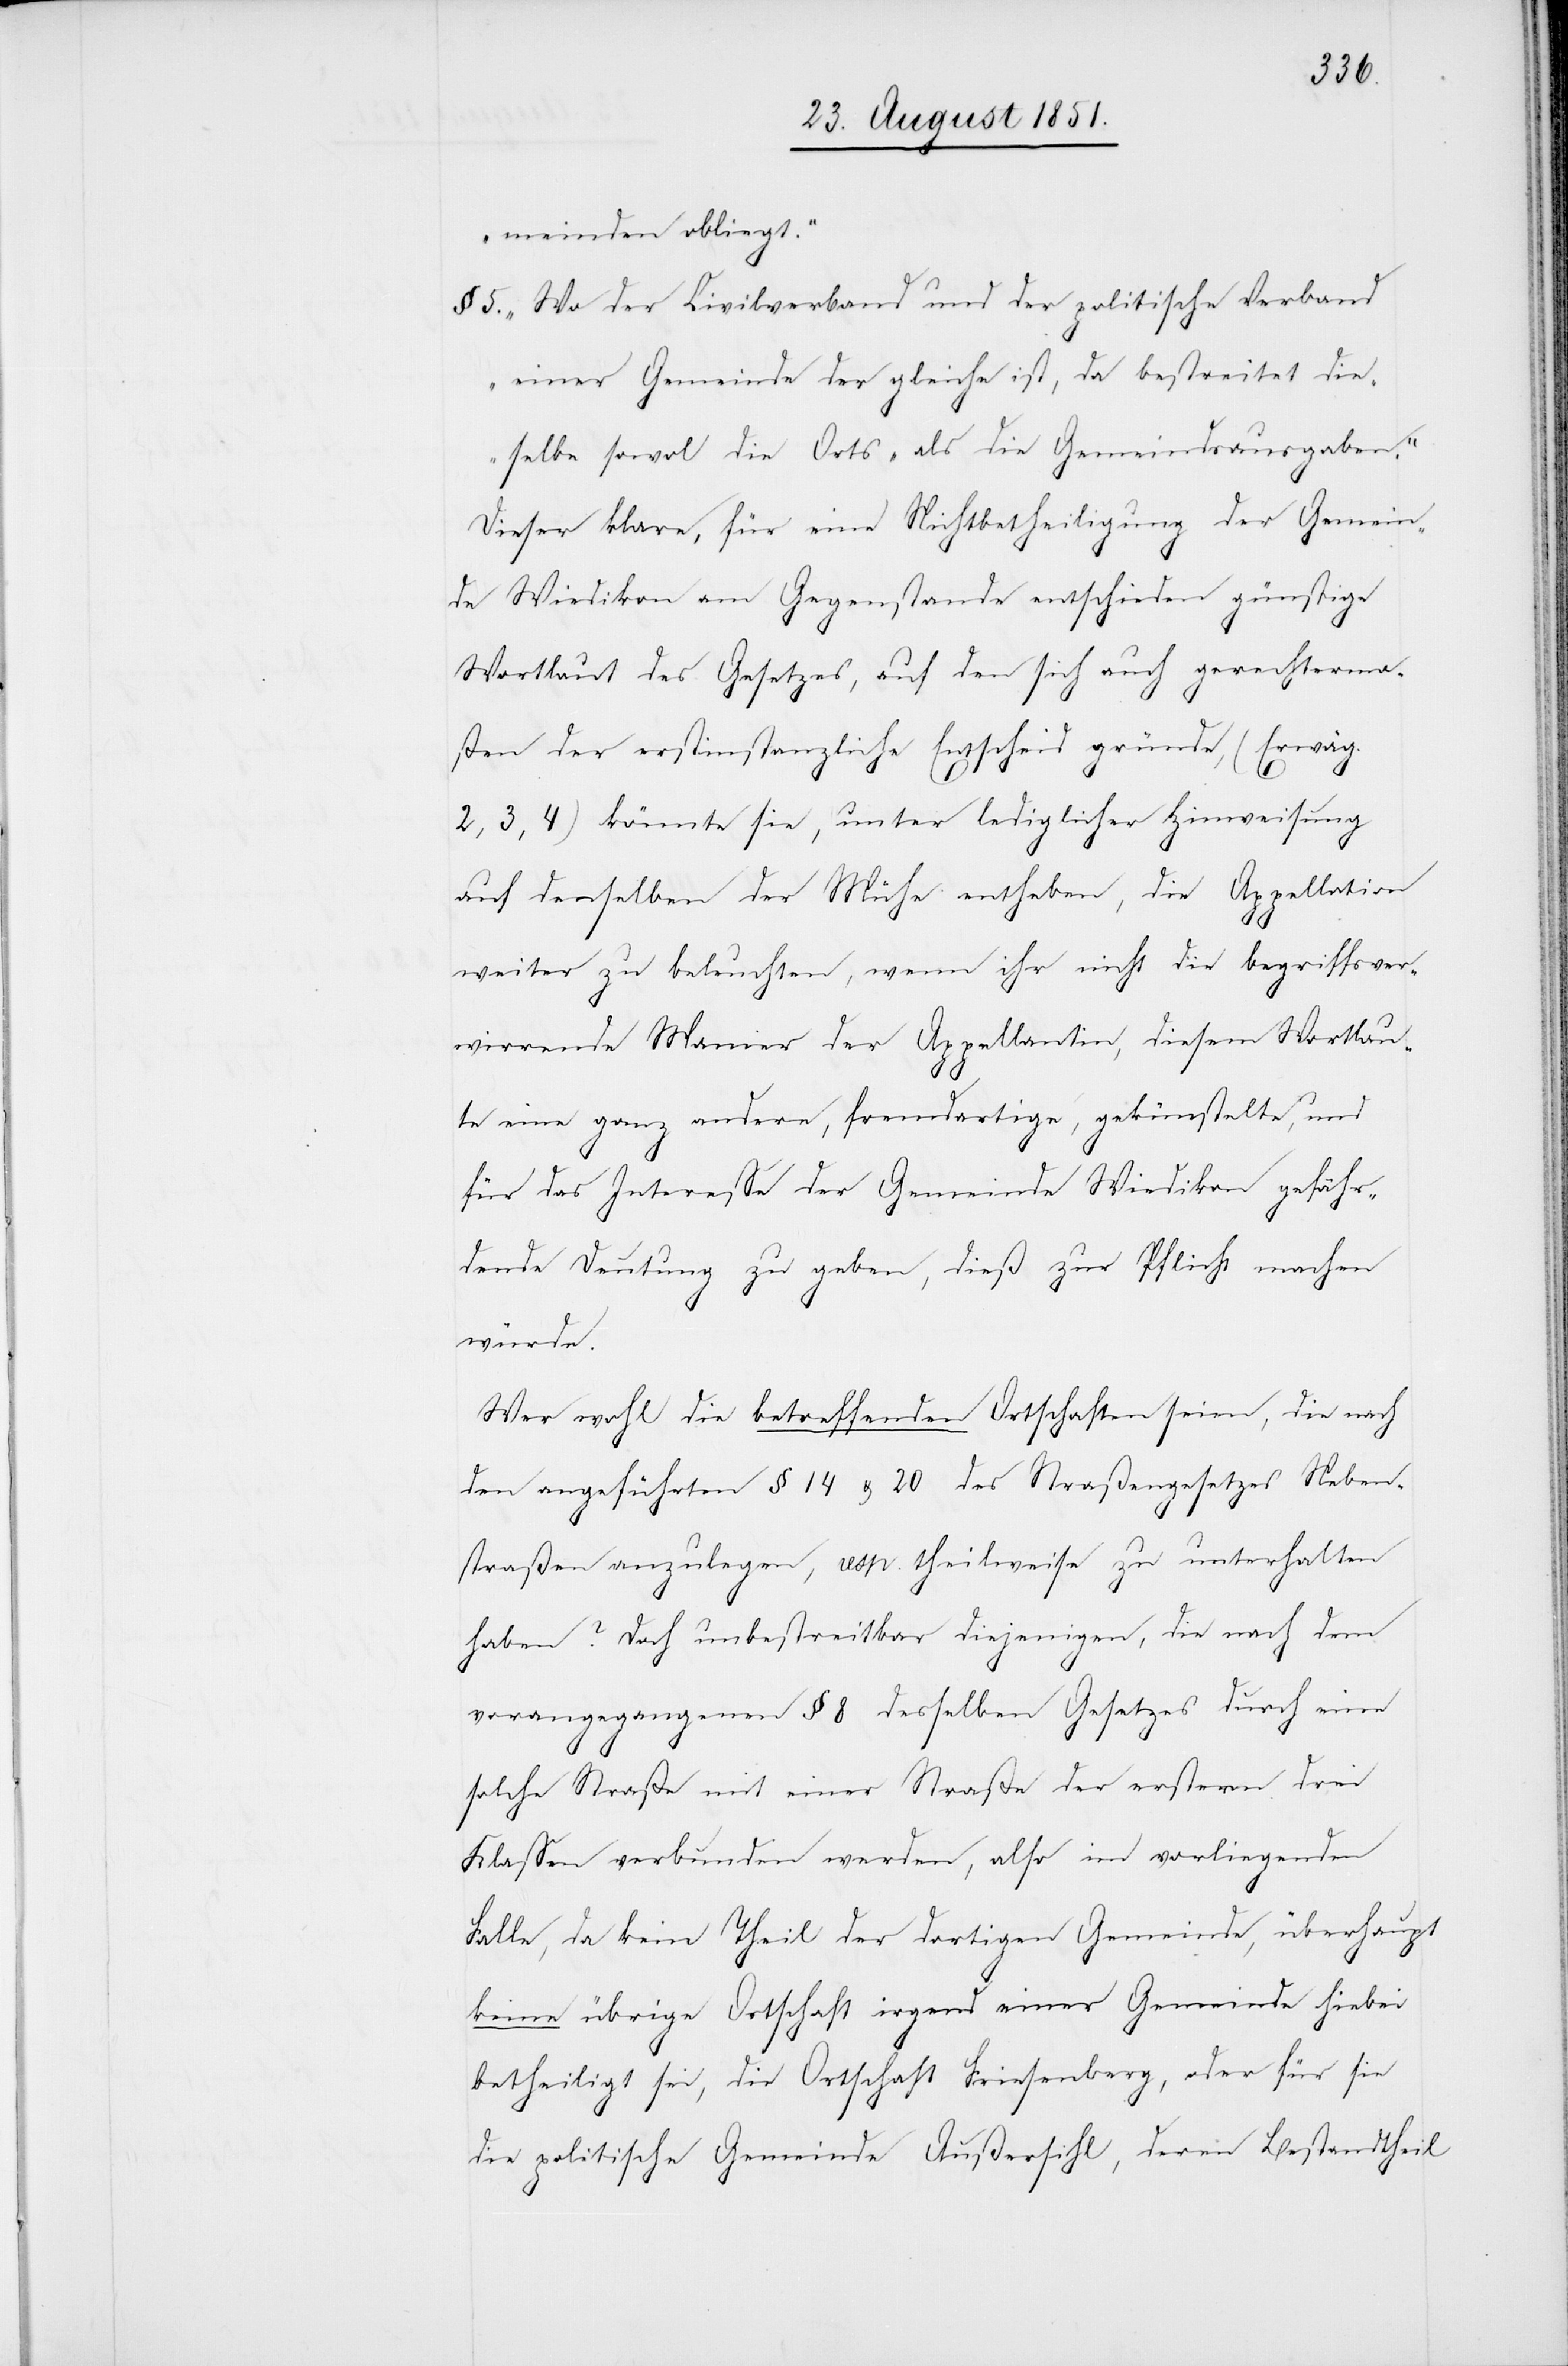
meinden obliegt.“
„Wo der Civilverband und der politische Verband
einer Gemeinde der gleiche ist, da bestreitet die¬
selbe sowo[h]l die Orts- als die Gemeindsausgaben.“
Dieser klare, für eine Nichtbetheiligung der Gemein¬
de Wiedikon am Gegenstande entschieden günstige
Wortlaut des Gesetzes, auf den sich auch gerechterma¬
ßen der erstinstanzliche Entscheid gründe, (Erwäg.
2, 3, 4) könnte sie, unter lediglicher Hinweisung
auf denselben der Mühe entheben, die Appellation
weiter zu beleuchten, wenn ihr nicht die begriffsver¬
wirrende Manier der Appellantin, diesem Wortlau¬
te eine ganz andere, fremdartige, gekünstelte, und
für das Interesse der Gemeinde Wiedikon gefähr¬
dende Deutung zu geben, dieß zur Pflicht machen
würde.
Wer wohl die betreffenden Ortschaften seien, die nach
den angeführten § 14 & 20 des Straßengesetzes Neben¬
straßen anzulegen, resp. theilweise zu unterhalten
haben? Doch unbestreitbar diejenigen, die nach dem
vorangegangenen § 8 desselben Gesetzes durch eine
solche Straße mit einer Straße der erstern drei
Klassen verbunden werden, also im vorliegenden
Falle, da kein Theil der dortigen Gemeinde, überhaupt
keine übrige Ortschaft irgend einer Gemeinde hiebei
betheiligt sei, die Ortschaft Friesenberg, oder für sie
die politische Gemeinde Außersihl, deren Bestandtheil